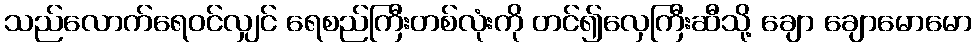
သည်လောက်ရေဝင်လျှင် ရေစည်ကြီးတစ်လုံးကို တင်၍လှေကြီးဆီသို့ ချော ချောမောမော